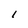
Character: 1